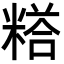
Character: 𮇰